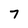
Character: 7